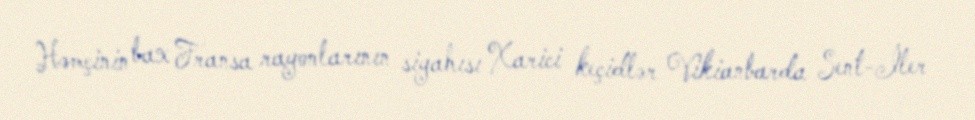
Həmçinin bax Fransa rayonlarının siyahısı Xarici keçidlər Vikianbarda Sent-İler